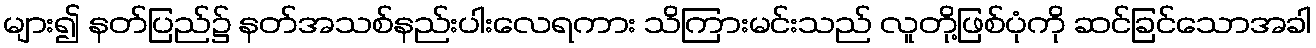
များ၍ နတ်ပြည်၌ နတ်အသစ်နည်းပါးလေရကား သိကြားမင်းသည် လူတို့ဖြစ်ပုံကို ဆင်ခြင်သောအခါ